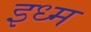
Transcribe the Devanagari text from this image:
इध्म